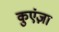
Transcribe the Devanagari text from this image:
कुएंज़ा